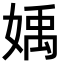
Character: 𡟥